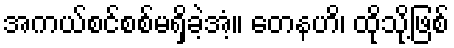
အကယ်စင်စစ်မရှိခဲ့အံ့။ တေနဟိ၊ ထိုသို့ဖြစ်